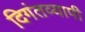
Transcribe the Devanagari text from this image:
दिगंतव्यापी